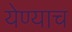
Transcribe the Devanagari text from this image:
येण्याच